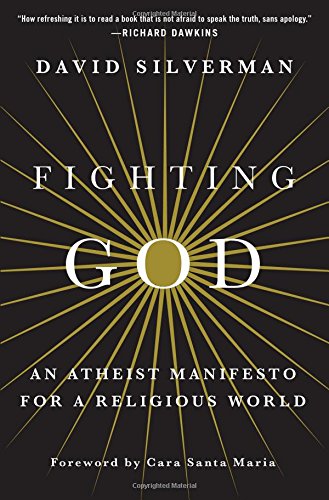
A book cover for Fighting God: An Atheist Manifesto for a Religious World; David Silverman; Politics & Social Sciences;